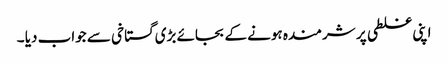
اپنی غلطی پر شرمندہ ہونے کے بجائے بڑی گستاخی سے جواب دیا ۔